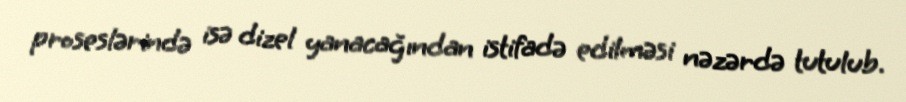
proseslərində isə dizel yanacağından istifadə edilməsi nəzərdə tutulub.